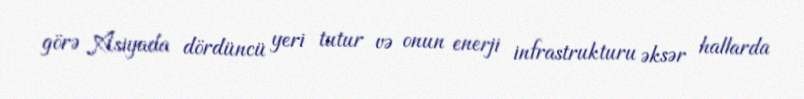
görə Asiyada dördüncü yeri tutur və onun enerji infrastrukturu əksər hallarda